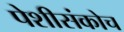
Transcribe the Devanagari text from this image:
पेशीसंकोच